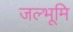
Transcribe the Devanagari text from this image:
जल्भूमि